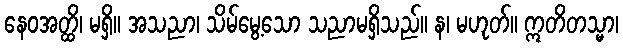
နေဝအတ္ထိ၊ မရှိ။ အသညာ၊ သိမ်မွေ့သော သညာမရှိသည်။ န၊ မဟုတ်။ ဣတိတသ္မာ၊